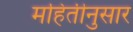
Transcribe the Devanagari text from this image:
महितीनुसार